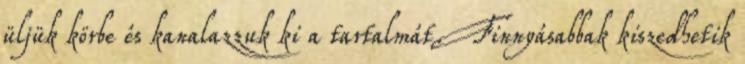
üljük körbe és kanalazzuk ki a tartalmát. Finnyásabbak kiszedhetik